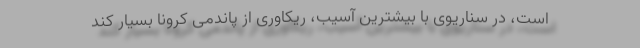
است، در سناریوی با بیشترین آسیب، ریکاوری از پاندمی کرونا بسیار کند